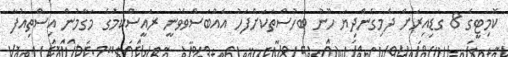
ކޮމިޓީގެ 8 ގަޑިއިރަށް ދެމިގެންދިޔަ ހޫނު ބަހުސްތަކަށްފަހު އެއްބަސްވެވުނީ ރައީސްކަމުގެ މަގާމުން އިސްތިއުފާ